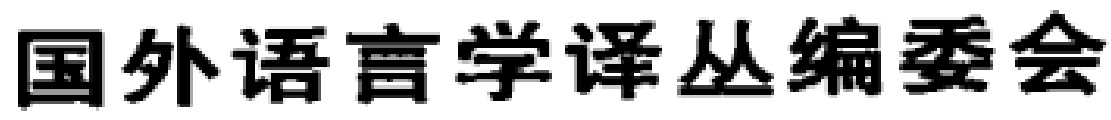
国外语言学译丛编委会